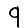
Digit: 9